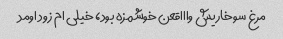
مرغ سوخاریش واااقعن خوشمزه بود، خیلی ام زود اومد